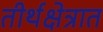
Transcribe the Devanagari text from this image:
तीर्थक्षेत्रात